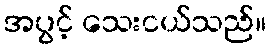
အပွင့် သေးငယ်သည်။